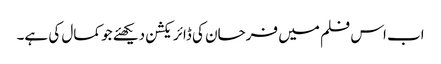
اب اس فلم میں فرحان کی ڈائریکشن دیکھئے جو کمال کی ہے۔